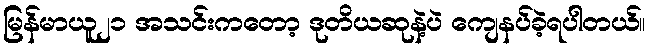
မြန်မာယူ၂၁ အသင်းကတော့ ဒုတိယဆုနဲ့ပဲ ကျေနပ်ခဲ့ရပါတယ်။